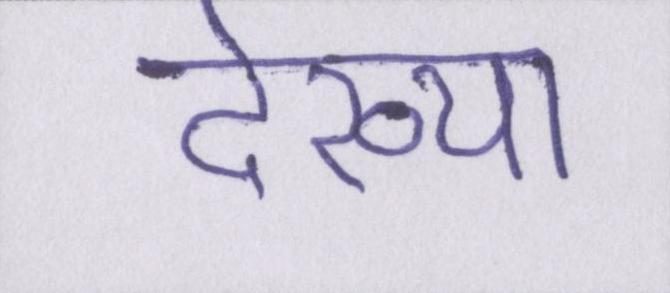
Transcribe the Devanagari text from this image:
देख्या